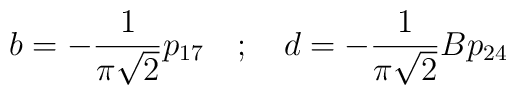
b= - \frac{1}{\pi \sqrt{2}}p_{17} \quad ; \quad d= - \frac{1}{\pi \sqrt{2}}Bp_{24}